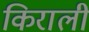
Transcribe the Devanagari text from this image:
किराली